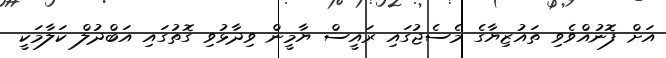
އަށް ފޮނުއްވެވި ތައުޒިޔާގެ މެސެޖުގައި ރައީސް ޔާމީން ވިދާޅުވި ގޮތުގައި އަބްދުލް ކަލާމަކީ